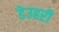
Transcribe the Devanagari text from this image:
डेउहरी